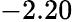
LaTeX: -2.20